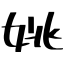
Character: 姚